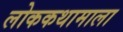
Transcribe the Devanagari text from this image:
लोककथामाला